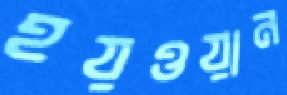
হয়ওয়ান